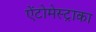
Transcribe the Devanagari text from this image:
ऐंटोमेस्ट्राका